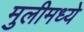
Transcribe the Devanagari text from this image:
मुलीमध्ये